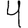
Digit: 4